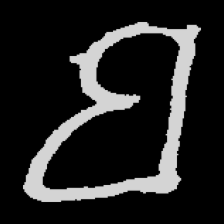
Pyu character \u2014 Myanmar letter: ဗ (romanized: ba)